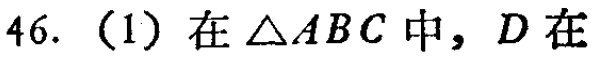
46. (1) 在\(\triangle ABC\)中，\(D\)在